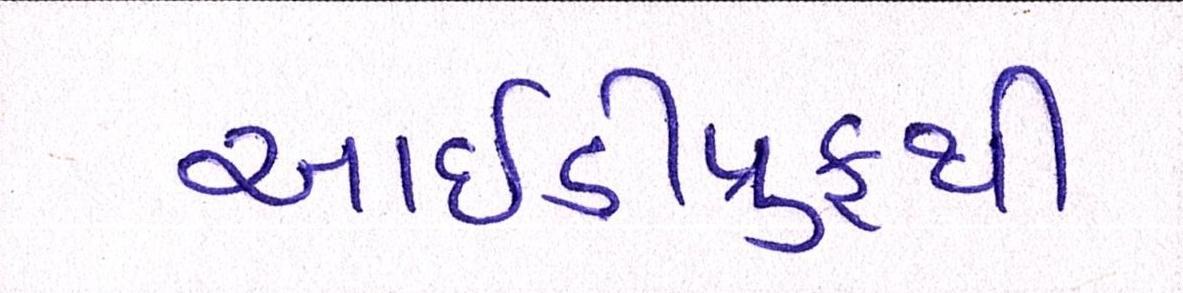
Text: આઇડીપ્રુફથી